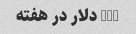
200 دلار در هفته